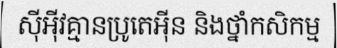
ស៊ីអ៊ីវគ្មានប្រូតេអ៊ីន និងថ្នាំកសិកម្ម